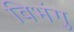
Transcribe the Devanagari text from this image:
विभंगु